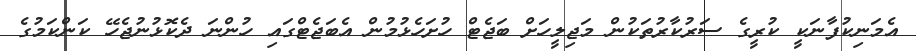
އެމަނިކުފާނަކީ ކުރީގެ ސަރުކާރުތަކުން މަޖިލީހަށް ބަޖެޓް ހުށަހެޅުމުން އެބަޖެޓްގައި ހުންނަ ދެކޮޅުނުޖެހޭ ކަންކަމުގެ